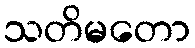
သတိမတော